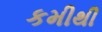
કમીથી